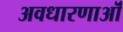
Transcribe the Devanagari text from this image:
अवधारणाऒं